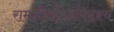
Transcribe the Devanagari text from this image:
रामतीर्थोऽरविंदश्च